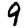
Digit: 9